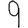
Digit: 9